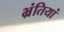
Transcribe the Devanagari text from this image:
भ्रंतियां